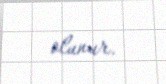
olunur.